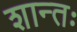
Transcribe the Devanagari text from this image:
शान्तः